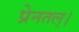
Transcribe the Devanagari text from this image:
प्रेनतल्।